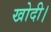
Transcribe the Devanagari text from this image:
खोदी।